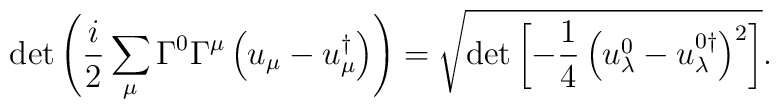
\det\left(\frac{i}{2} \sum_\mu \Gamma^0\Gamma^\mu \left(u_\mu-u_\mu^\dagger\right)\right) =\sqrt{\det \left[-\frac14 \left( u_\lambda^0-u_\lambda^{0\dagger} \right)^2  \right]}.